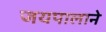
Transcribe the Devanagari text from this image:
जयपालाने